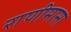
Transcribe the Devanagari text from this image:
राणीमासा